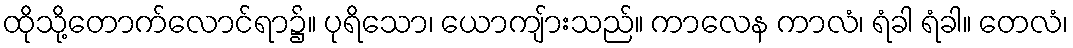
ထိုသို့တောက်လောင်ရာ၌။ ပုရိသော၊ ယောကျ်ားသည်။ ကာလေန ကာလံ၊ ရံခါ ရံခါ။ တေလံ၊